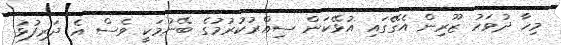
މިހާ ދުވަހު ޒޫރިން އެގޭގައި އުޅޭކަން ސިއްރުކުރުމުގެ ބޭނުމަކީ ވެސް އެ ދަރިފުޅު